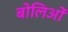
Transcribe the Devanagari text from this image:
बोलिओं